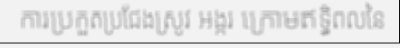
ការប្រកួតប្រជែងស្រូវ អង្ករ ក្រោមឥទ្ធិពលនៃ